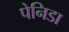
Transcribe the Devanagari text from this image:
पेनिडा